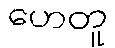
ဟေတူ